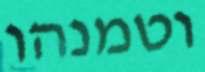
וטמנהו